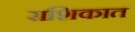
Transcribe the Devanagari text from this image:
राशिकात